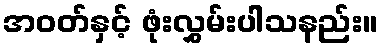
အဝတ်နှင့် ဖုံးလွှမ်းပါသနည်း။